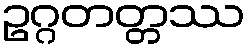
ဥဂ္ဂတတ္တဿ